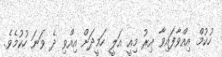
ހުކުމް އިއްވާފައިވާ އިރު މިއީ އަލީ ހަމީދަށް އިއްވި ދެ ވަނަ ހުކުމެވެ.